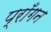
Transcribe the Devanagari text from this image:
प्राँगन